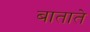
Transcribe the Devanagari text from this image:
बाताते